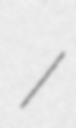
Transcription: /